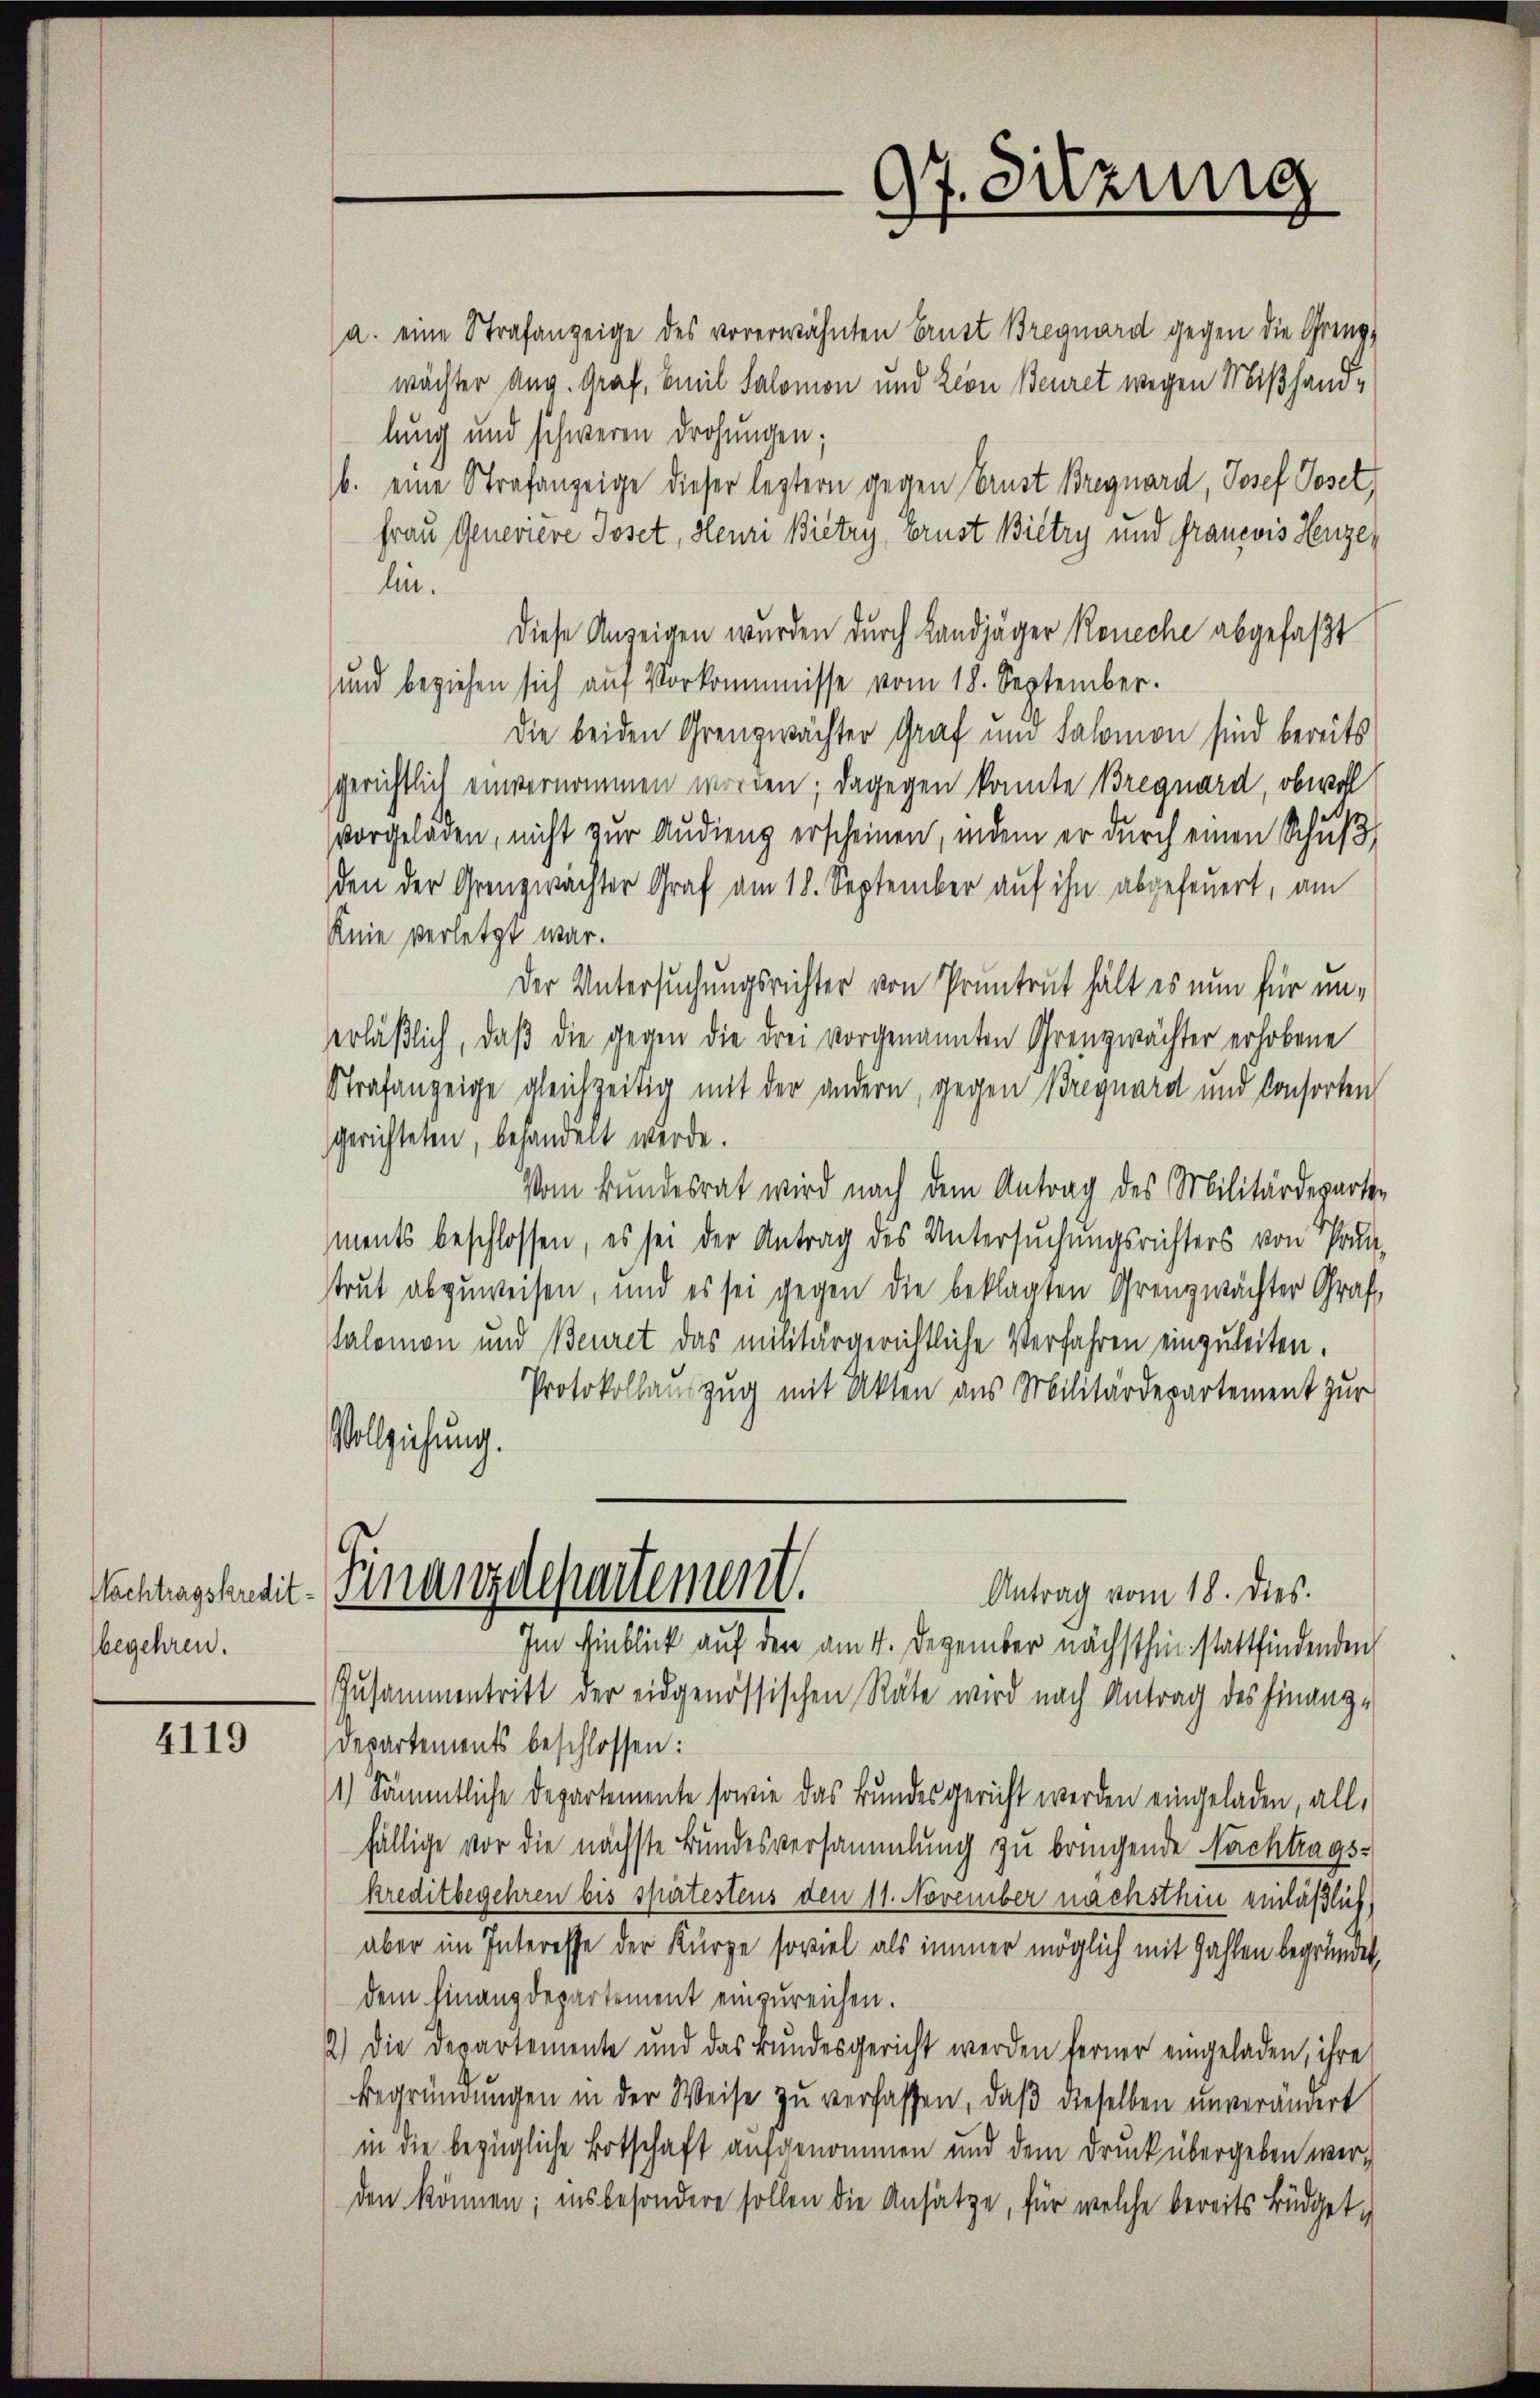
Nachtragskredit.
begehren.

4119

a. eine Strafanzeige des vorerwähnten Brust Bregnard gegen die Grenzwächter Aug. Graf, Emil Salomon und Lion Beuret wegen Mißhandlung und schweren Drohungen;
b. eine Strafanzeige dieser leztern gegen Cernst Bregnard, Josef Toset
frau Genevière Joset, Heuri Bietry, vorust Bietry und Francois Henze
lin.
Diese Anzeigen wurden durch Landjäger Roneche abgefaßt
und beziehen sich aŭf Vorkommnisse vom 18. September.
Die beiden Grenzwächter Graf um Salomon sind bereits
gerichtlich einvernommen worden; dagegen konnte Bregnard, obwohl
vorgeladen, nicht zur Audieng erscheinen, indem er durch einen Schußden der Grenzwachter Graf am 18. September auf ihn abgefeuert, am
Knie verletzt war.
Der Untersuchungsrichter von Pruntrut hält es nun für unerläßlich, daß die gegen die drei vorgenannten Grenzwächter erhobene
Strafanzeige gleichzeitig mit der andern, gegen Breguard und Consorten
gerichteten, behandelt werde.
Vom Bundesrat wird nach dem Antrag des Militärdepartements beschlossen, es sei der Antrag des Untersuchungsrichters von Pra-
strut abzuweisen, und es sei gegen die beklagten Grenzwächter Graf
Salomon und Beuret das militärgerichtliche Verfahren einzuleiten.
Protokollauszug mit Akten aus Militärdepartement zur
Vollziehung.
Finanzdepartement.
Antrag vom 18. dies.
Im Hinblick auf den am 4. Dezember nächsthin stattfindenden
Zusammentritt der eidgenössischen Räte wird nach Antrag des Finanz¬
Departements beschlossen:
1) Sämmtliche Departemente sowie das Bundesgericht werden eingeladen, allfällige vor die nächste Bundesversammlung zu bringende Nachtrags-
kreditbegehren bis spirtestens den 11. November nachsthin einläßlich
aber im Interesse der Kürze soviel als immer möglich mit Zahlen begründet,
dem Finanzdepartement einzureichen.
2.) Die Departemente und das Bundesgericht werden ferner eingeladen, ihre
Begründungen in der Weise zu verfassen, daß dieselben unverändert
in die bezügliche Botschaft aufgenommen und dem Druck übergeben werden können; insbesondere sollen die Ansätze, für welche bereits Büdget¬

97. Sitzung
F